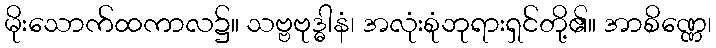
မိုးသောက်ထကာလ၌။ သဗ္ဗဗုဒ္ဓါနံ၊ အလုံးစုံဘုရားရှင်တို့၏။ အာစိဏ္ဏေ၊